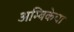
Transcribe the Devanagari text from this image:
अम्बिकेचा